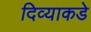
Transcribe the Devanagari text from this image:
दिव्याकडे